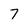
Character: 7